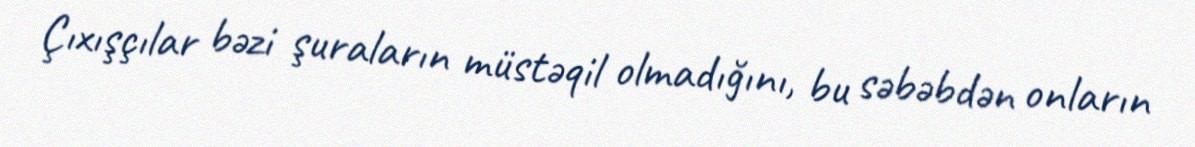
Çıxışçılar bəzi şuraların müstəqil olmadığını, bu səbəbdən onların